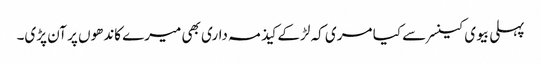
پہلی بیوی کینسر سے کیا مری کہ لڑکے کیذ مہ داری بھی میرے کاندھوں پر آن پڑی۔